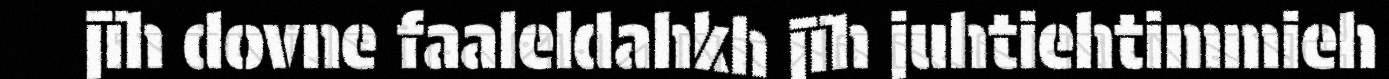
jïh dovne faaleldahkh jïh juhtiehtimmieh